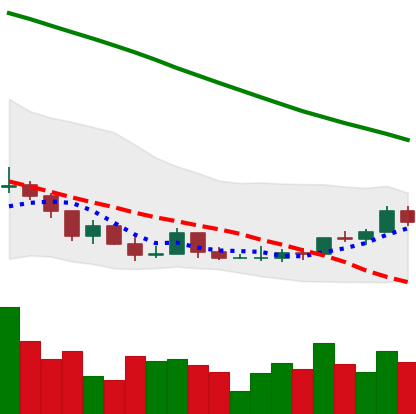
Ticker: ADA-USD
Chart end date: 2022-03-20
Forward return: 25.174%
Label: up_7plus